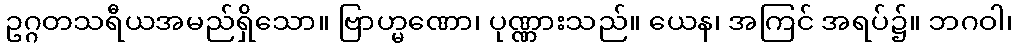
ဥဂ္ဂတသရီယအမည်ရှိသော။ ဗြာဟ္မဏော၊ ပုဏ္ဏားသည်။ ယေန၊ အကြင် အရပ်၌။ ဘဂဝါ၊